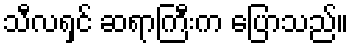
သီလရှင် ဆရာကြီးက ပြောသည်။